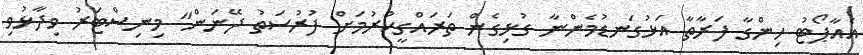
އެއާޕޯޓު ހިންގާ ފަރާތާ އަޅުގަނޑުމެންނާ ގުޅިގެން ތަރައްގީކުރުމަށް ފުރުސަތު ދޭނަން" މިނިސްޓަރު ވިދާޅުވި